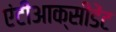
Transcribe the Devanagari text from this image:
एंटीआक्सीडेंट